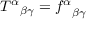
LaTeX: { T ^ { \alpha } } _ { \beta \gamma } = { f ^ { \alpha } } _ { \beta \gamma }